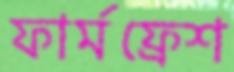
ফার্মফ্রেশ